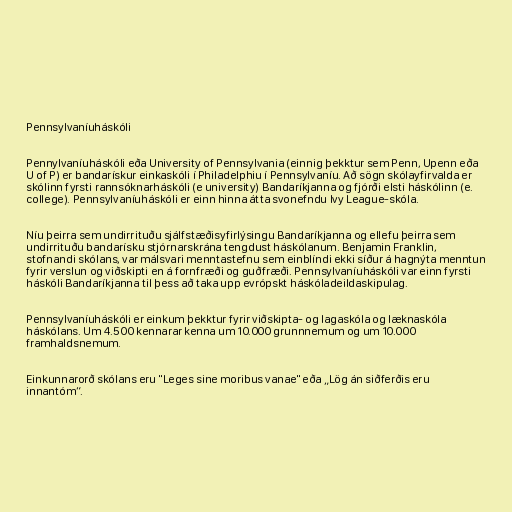
Pennsylvaníuháskóli

Pennylvaníuháskóli eða University of Pennsylvania (einnig þekktur sem Penn, Upenn eða
U of P) er bandarískur einkaskóli í Philadelphiu í Pennsylvaníu. Að sögn skólayfirvalda er
skólinn fyrsti rannsóknarháskóli (e university) Bandaríkjanna og fjórði elsti háskólinn (e.
college). Pennsylvaníuháskóli er einn hinna átta svonefndu Ivy League-skóla.

Níu þeirra sem undirrituðu sjálfstæðisyfirlýsingu Bandaríkjanna og ellefu þeirra sem
undirrituðu bandarísku stjórnarskrána tengdust háskólanum. Benjamin Franklin,
stofnandi skólans, var málsvari menntastefnu sem einblíndi ekki síður á hagnýta menntun
fyrir verslun og viðskipti en á fornfræði og guðfræði. Pennsylvaníuháskóli var einn fyrsti
háskóli Bandaríkjanna til þess að taka upp evrópskt háskóladeildaskipulag.

Pennsylvaníuháskóli er einkum þekktur fyrir viðskipta- og lagaskóla og læknaskóla
háskólans. Um 4.500 kennarar kenna um 10.000 grunnnemum og um 10.000
framhaldsnemum.

Einkunnarorð skólans eru "Leges sine moribus vanae" eða „Lög án siðferðis eru
innantóm“.